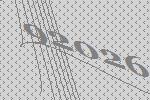
92026